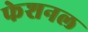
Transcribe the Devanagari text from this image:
फेशनल